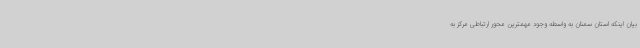
بیان اینکه استان سمنان به واسطه وجود مهمترین محور ارتباطی مرکز به